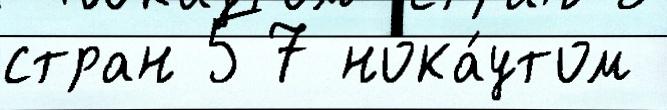
стран 57 нока́утом